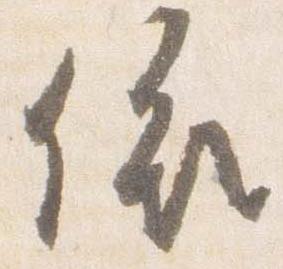
依